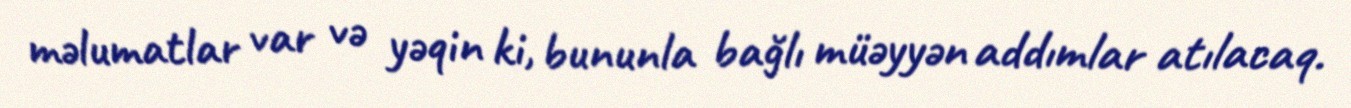
məlumatlar var və yəqin ki, bununla bağlı müəyyən addımlar atılacaq.